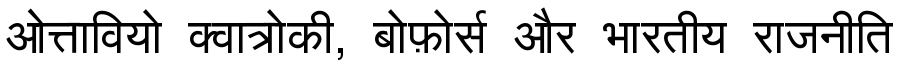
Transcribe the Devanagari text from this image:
ओत्तावियो क्वात्रोकी, बोफ़ोर्स और भारतीय राजनीति